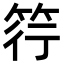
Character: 筕